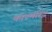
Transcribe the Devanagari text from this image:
काश्मीरेंद्र